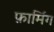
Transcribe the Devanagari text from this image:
फ़ार्मिंग